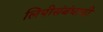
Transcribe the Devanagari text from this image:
लिपीसंबंधाची